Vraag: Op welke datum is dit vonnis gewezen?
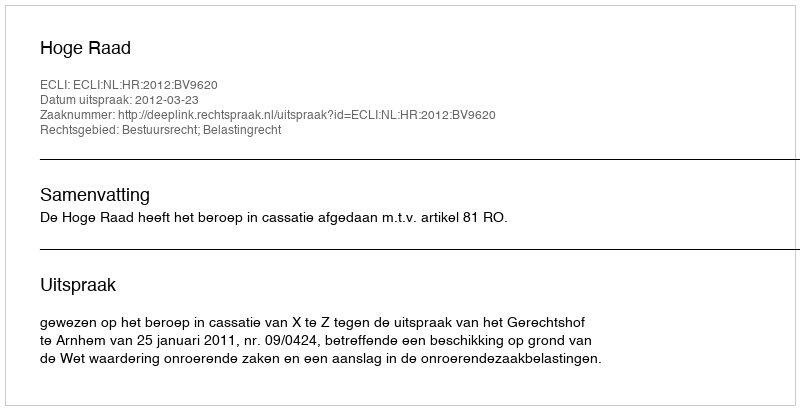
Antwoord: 2012-03-23